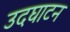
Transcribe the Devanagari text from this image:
उदघाटन